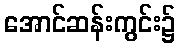
အောင်ဆန်းကွင်း၌